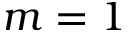
m = 1